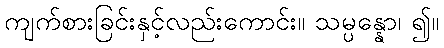
ကျက်စားခြင်းနှင့်လည်းကောင်း။ သမ္ပန္နော၊ ၍။